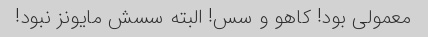
معمولی بود! کاهو و سس! البته سسش مایونز نبود!